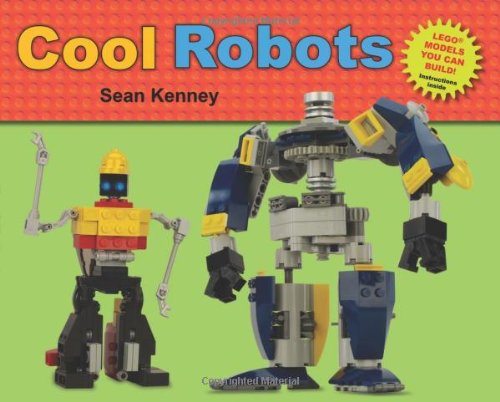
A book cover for Cool Robots; Sean Kenney; Children's Books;